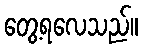
တွေ့ရလေသည်။